Vital statistics of India. Vol. VI, European troops 1870-79
Year: 1870
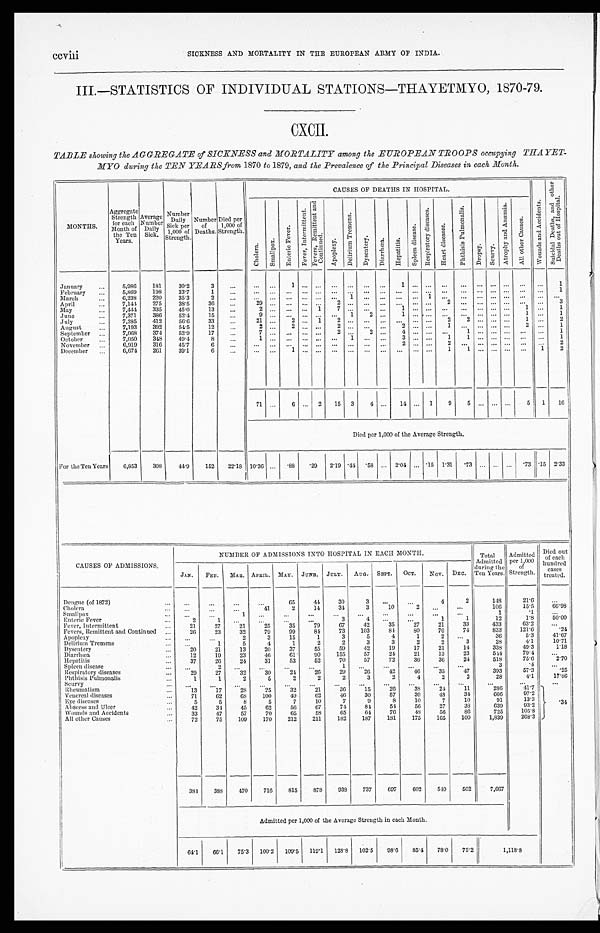
CCVIII
SICKNESS AND MORTALITY IN THE EUROPEAN ARMY OF INDIA.
III.—STATISTICS OF INDIVIDUAL STATIONS—THAYETMYO, 1870-79.
CXCII.
TABLE showing the AGGREGATE of SICKNESS and MORTALITY among the EUROPEAN TROOPS occupying THAYET-
MY0 during the TEN YEARS from 1870 to 1879, and the Prevalence of the Principal Diseases in each Month.
MONTHS.
Aggregate
Strength
for each
Month of
the Ten
Years.
A v e r a g e N u m b e r D a i l y S i c k .
N u m b e r D a i l y S i c k p e r 1 , 0 0 0 o f S t r e n g t h .
N u m b e r o f D e a t h s .
D i e d p e r 1 , 0 0 0 o f S t r e n g t h .
C A U S E S O F D E A T H S I N H O S P I T A L .
W o u n d s a n d A c c i d e n t s .
S u i c i d a l D e a t h s , a n d o t h e r D e a t h s o u t o f H o s p i t a l .
c h o l e r a .
S m a l l p o x .
E n t e r i c F e v e r .
F e v e r , I n t e r m i t t e n t .
F e v e r s , R e m i t t e n t a n d C o n t i n u e d .
A p o p l e x y .
D e l i r i u m T r e m e n s .
D y s e n t e r y .
D i a r r h œ a . H e p a t i t i s .
S p l e e n d i s e a s e .
R e s p i r a t o r y d i s e a s e s .
H e a r t d i s e a s e s .
P h t h i s i s P u l m o n a l i s .
Dropsy.
S c u r v y .
A t r o p h y a n d A n æ m i a
A l l o t h e r C a u s e s .
January
5,986
181
30.2
3
...
...
...
1
... ...
. . .
. . . ...
. . .
1
. . .
. . . ...
. . . ...
. . . ...
. . .
. . .
1
February
5,869
198
33.7
1
. . .
...
...
...
... ...
. . .
. . .
. . .
. . .
. . .
. . .
. . .
. . .
. . .
...
. . .
. . .
. . .
. . .
1
March
6,238
220
35.3
2
... ...
. . .
...
...
. . .
1
. . .
. . .
. . .
. . .
1
. . .
. . .
...
. . .
. . .
. . .
. . .
. . .
April
7,144.
275
38.5
36
. . .
29
. . . ... ...
2
. . . ...
. . .
. . .
. . .
. . .
2
. . . ...
. . . ......
. . .
. . .
3
May
7,444
335
45.0
13
. . .
2
. . .
...
. . .
7
. . . ...
. . .
1
. . .
. . . ...
. . . ...
. . . ...
1
. . .
1
June
7,371
386
52.4
15
. . .
9
. . .
...
. . .
. . .
1 2
. . .
1
. . .
. . . ...
. . . ...
. . . . . .
1
. . .
1
July
7,285
412
56.6
33
. . .
21 ...
2 ...
. . .
2
. . . ...
. . .
. . .
. . .
. . .
2
2 ...
. . .
...
1
. . .
2
August
7,193
392
54.5
12
. . . 2
2 ...
. . .
2
. . . ...
. . .
2
. . .
. . .
1
. . .
...
. . .
...
2
. . .
1
September
7,068
374
52.9
17
. . . 7
. . .
...
. . .
2
. . . 2
. . .
4
. . .
. . .
. . .
1 ...
. . .
...
. . .
. . .
1
October
7,050
348
49.4
8
. . .
1
. . .
...
. . . . . .
1 ...
. . .
3
. . .
. . .
1
1 ...
. . .
...
. . .
. . .
1
November
6,919
316
45.7
6
. . .
. . . ...
...
... ...
. . .
. . .
. . .
. . .
2
. . .
. . .
2
. . .
...
. . .
...
. . .
. . .
2
December For the Ten Years
6,674
261
39.1
6
...
...
. . .
1 ... ...
. . .
. . . ...
. . .
. . .
. . .
. . .
1
1 ...
. . .
...
. . .
1
2
71
. . .
6 ...
2
15
3
4 ...
14 ...
1
9
5 ...
. . .
. . .
5
1
1 6
Died per 1,000 of the Average Strength.
6,853
308
44.9
152
22.18 10.36 ...
.88
.29
2.19 .44
. 58 ... 2.04
. . . .15 1.31
.73 ... ... ...
.73 .15 2.33
CAUSES OF ADMISSIONS.
NUMBER OF ADMISSIONS INTO HOSPITAL IN EACH MONTH.
Total
Admitted d u r i n g t h e T e n y e a r .
Admitted
per 1,000
of
Strength.
Died out
of each hundr ed cases t r eat ed.
JAN. FEB.
MAR.
APRIL.
MAY.
JUNE.
JULY. AUG.
SEPT.
OCT.
NOV.
D E C .
Dengue (of 1872)
...
. . .
...
...
65
44
30
3
...
...
4
2
148
21.6
...
Cholera
...
. . .
...
4 1
2
14
34
3
10
2
. . . ...
106
15.5
66.98
S m a l l p o x
...
. . .
1
...
. . .
...
. . . ...
...
...
...
...
1
.1
. . .
Enteric Fever
2
1
. . .
. . .
. . .
. . .
3
4
. . .
. . .
1
1
1 2
1.8
5 0 . 0 0
F e v e r s , I n t e r m i t t e n t
21
27
21
25
35
79
67
42
35
27
21
33
433
6 3 . 2
...
F e v e r s , R e m i t t e n t a n d C o n t i n u e d
26
23
32
79
99
84
73
103
84
80
76
74
833
121.6
.24
Apoplexy
. . .
. . .
2
3
15
1
3
5
4
1
2
. . .
36
5.3
41.67
Delirium Tremens
. . .
1
5
4
1
2
2
3
3
2
2
3
28
4.1
10.71
D y s e n t e r y
20
21
13
20
37
55
59
42
19
17
21
14
338
49.3
1.18
D i a r r h æ œ a
12
19
23
46
61
90
155
57
24
21
13
23
544
79.4
. . .
H e p a t i t i s
37
26
24
31
53
52
70
57
72
36
36
24
518
75.6
2.70
S p l e e n d i s e a s e s
. . .
2
. . .
. . .
. . .
. . .
1
. . .
. . .
. . .
. . .
. . .
3
. 4
. . .
R e s p i r a t o r y d i s e a s e s
29
27
32
3 0
24
26
29
26
42
46
35
47
393
57.3
.25
phthisis pulmonalis
1
1
2
5
2
2
2
3
2
4
2
2
28
4.1
17.86
s c u r v y
. . .
. . .
...
. . .
. . .
. . .
. . . ...
. . .
. . .
. . .
...
...
. . .
R h e u m a t i s m
13
17
28
2 5
3 2
21
3 6
15
2 6
3 8
2 4
1 1
286
41.7
V e n e r e a l d i s e a s e s
71
62
68
100
49
62
46
30
57
39
48
34
666
97.2
Eye diseases.
5
5
8
5
7
10
7
9
8
10
7
10
91
13.3
. 3 4
A b s e e s s a n d U l c e r
42
34
45
62
56
67
74
81
54
56
27
38
639
93.2
W o u n d s a n d A c c i d e n t s
33
47
57
70
65
58
65
64
76
48
56
86
725
105.8
All other Causes
72
75
109
170
212
211
182
187
181
175
165
100
1,839
268.3
384
388
470
716
815
878
938
737
697
602
540
502
7,667
Admitted per 1,000 of the Average Strength in each Month.
64.1
66.1
75.3
100.2
109.5
119.1
128.8
102.5
98.6
85.4
78.0
75.2
1,118.8